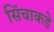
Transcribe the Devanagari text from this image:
सिंचाकडे